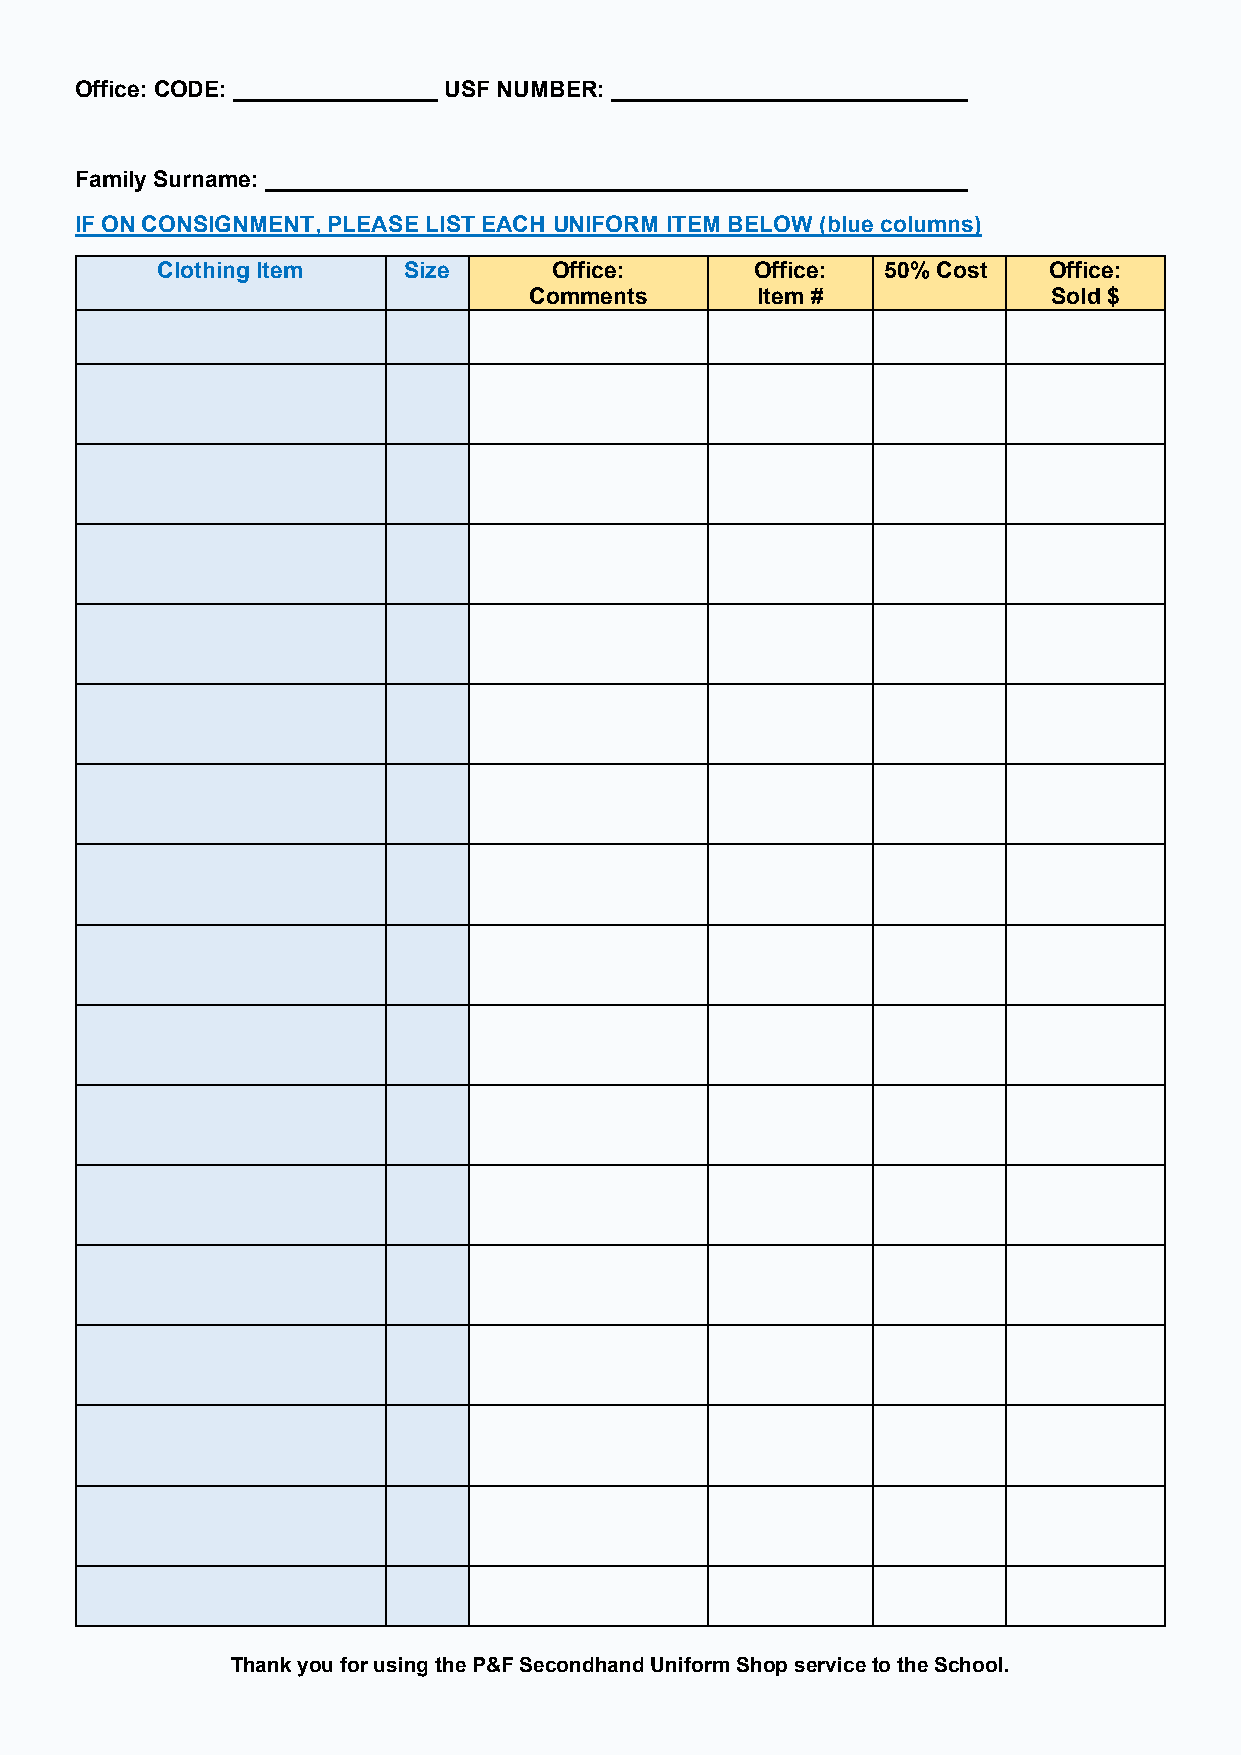
Office: CODE: ________________ USF NUMBER: ____________________________
 Family Surname: _______________________________________________________
 IF ON CONSIGNMENT, PLEASE LIST EACH UNIFORM ITEM BELOW (blue columns)
 Clothing Item    Size      Office:      Office:  50% Cost  Office:
 Comments       Item #              Sold $
 Thank you for using the P&F Secondhand Uniform Shop service to the School.